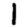
Digit: 1